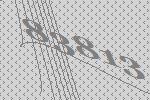
83813